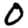
Digit: 0